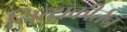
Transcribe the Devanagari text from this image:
नित्यकीर्तन